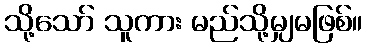
သို့သော် သူကား မည်သို့မျှမဖြစ်။